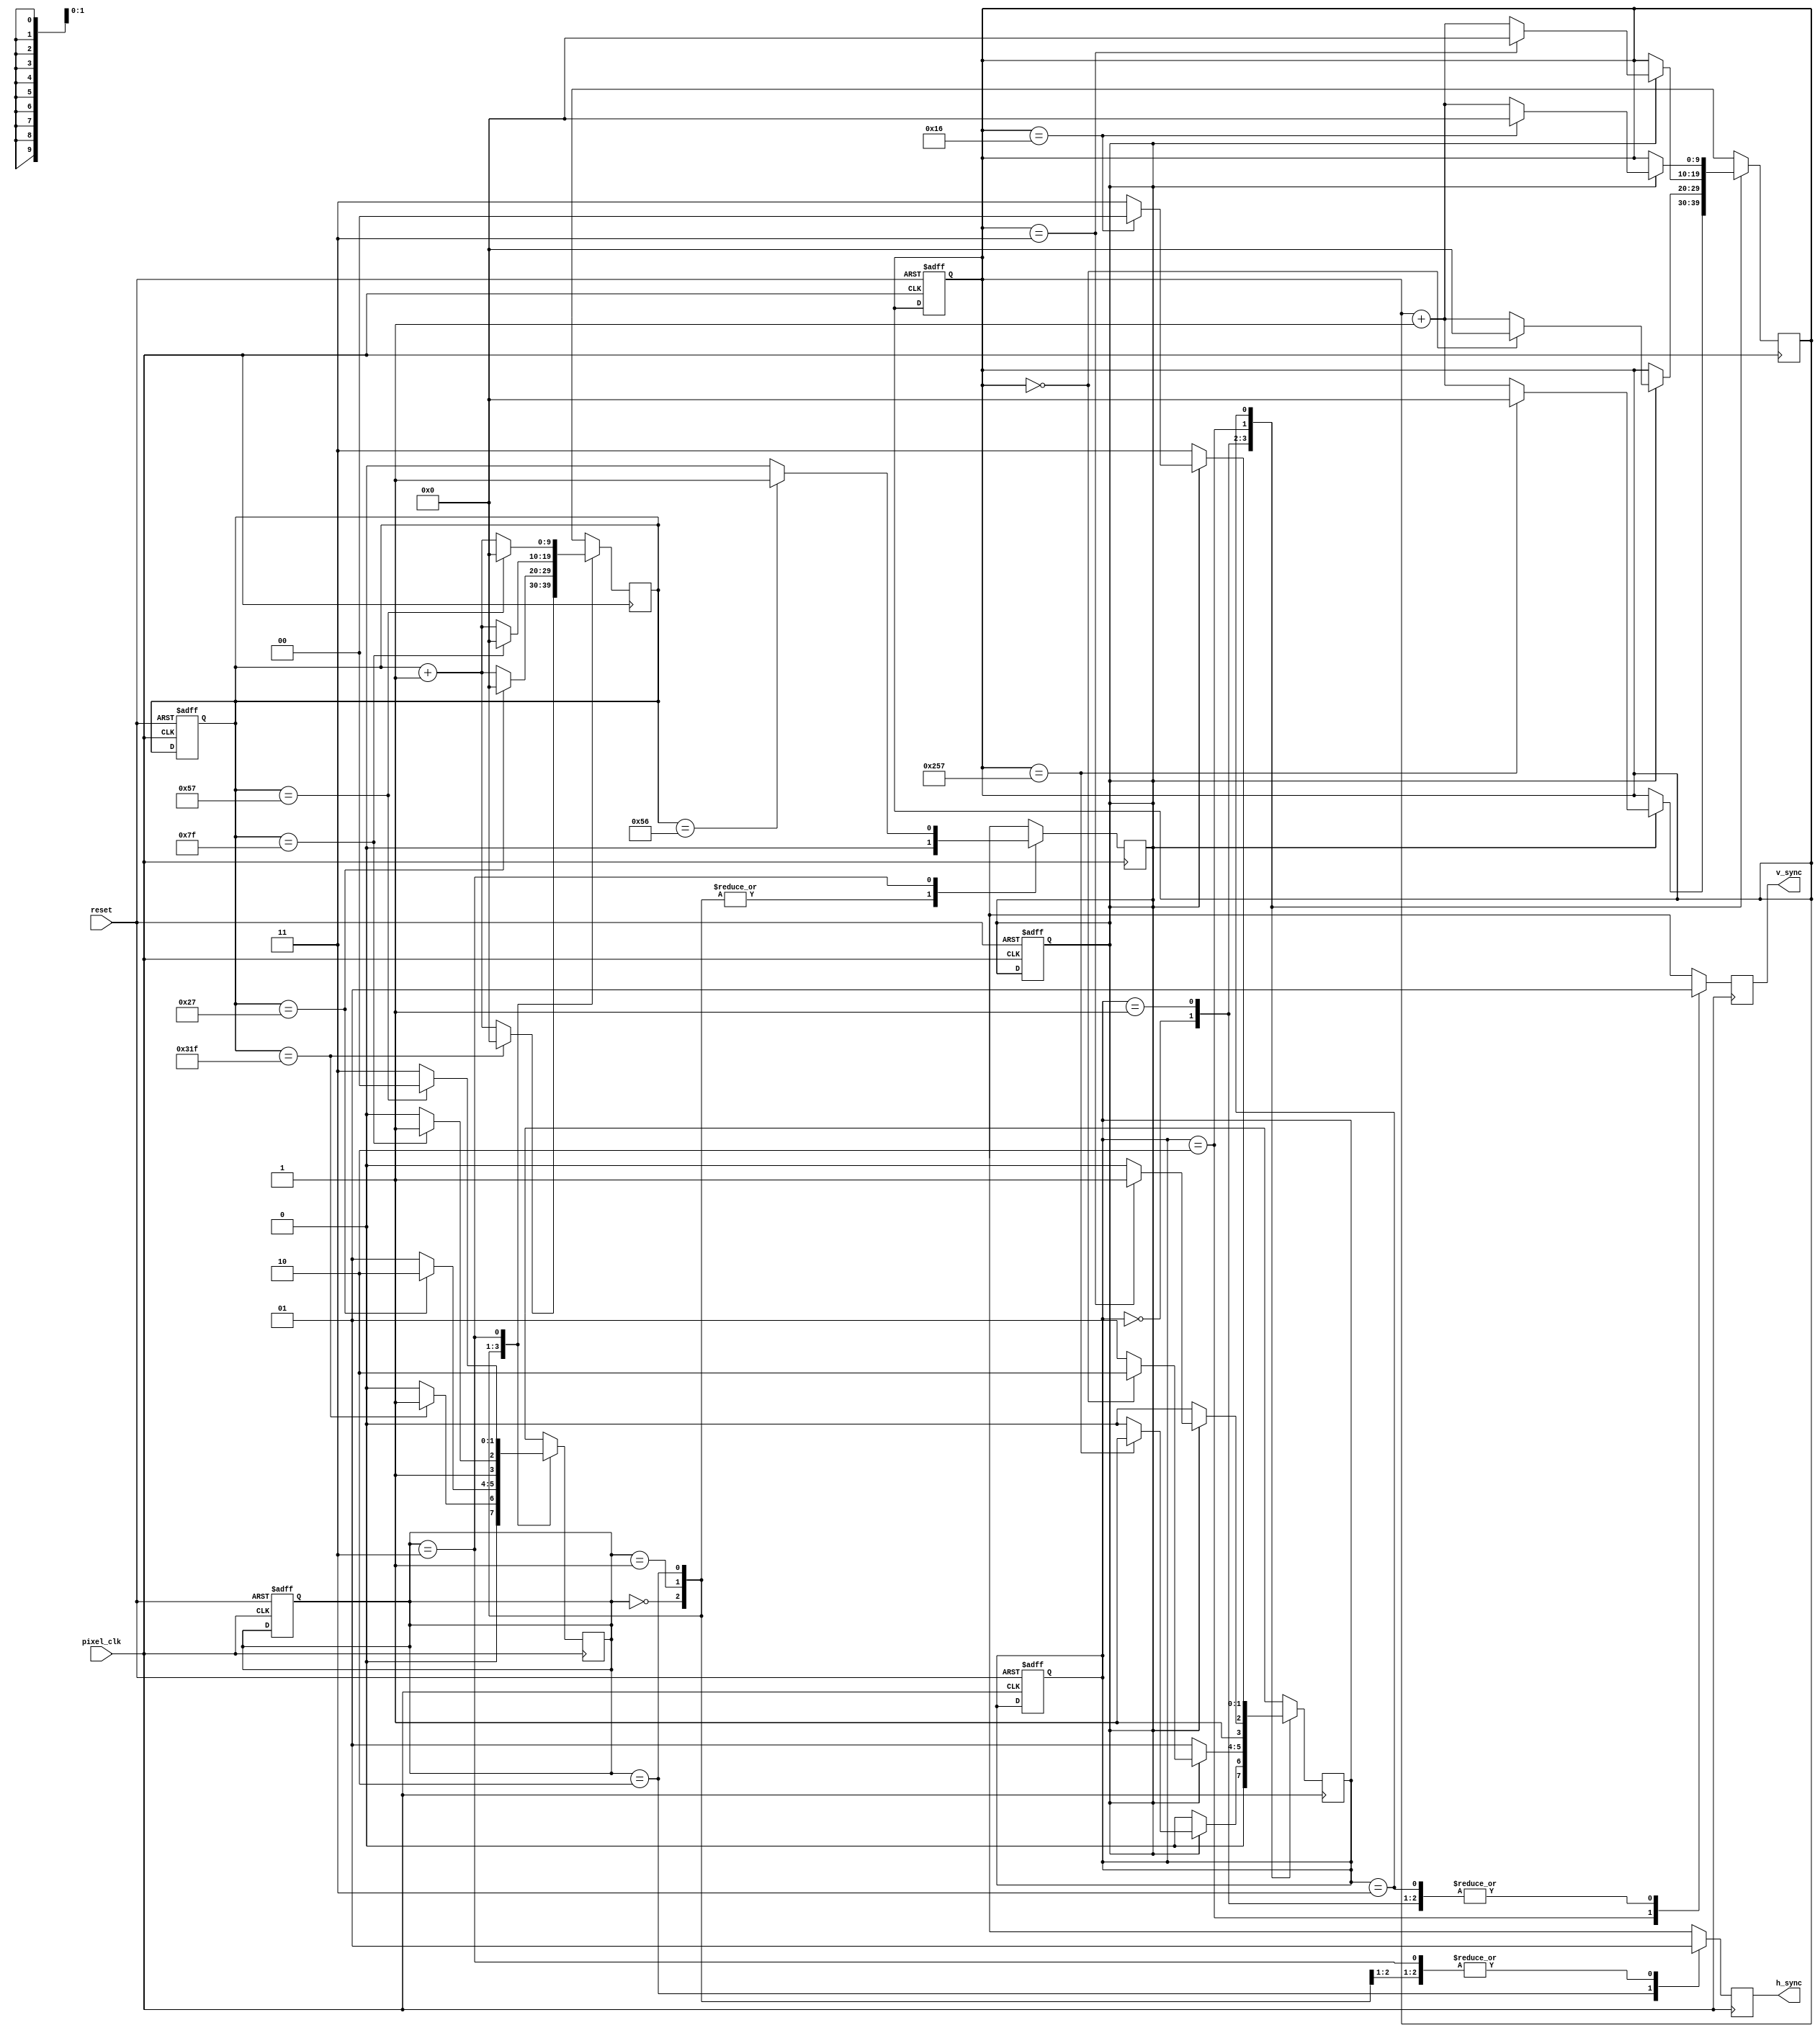
// vga controller for 800 x 600 resolution at 60Hz,pixel clk required - 40Mhz
module vga (
    input pixel_clk,reset,
    //input [7:0]colour_in, //3-3-2 8bit colour input
    //output [7:0]red,green,blue, // cannot be directly fed to monitor,
    output reg h_sync,v_sync
    //output [9:0] next_x,  // x-coordinate of NEXT pixel that will be drawn
    //output [9:0] next_y  // y-coordinate of NEXT pixel that will be drawn
);
    //Horizontal parameters
    parameter h_visible = 10'd799 , h_front = 10'd39 , h_pulse = 10'd127 , h_back = 10'd87 ;
    
    //Verical parameters
    parameter v_visible = 10'd599 , v_front = 10'd0 , v_pulse = 10'd3 , v_back = 10'd22 ;
    
    //States
    parameter h_visible_s = 2'b00 , h_front_s = 2'b01 , h_pulse_s = 2'b10 , h_back_s = 2'b11 ;
    parameter v_visible_s = 2'b00 , v_front_s = 2'b01 , v_pulse_s = 2'b10 , v_back_s = 2'b11 ;

    //Parameters for readability
    parameter LOW = 1'b0 , HIGH = 1'b1 ;

    //registers
    reg [7:0] red_reg,blue_reg,green_reg;
    reg [9:0] h_counter,v_counter;
    reg [1:0] h_state,v_state,h_nstate,v_nstate;
    reg line_done;


    //current state control block
    always @(posedge pixel_clk,negedge reset) begin
        if (!reset)begin
            h_counter <= 10'd0;
            v_counter <= 10'd0;

            h_state <= h_visible_s;
            v_state <= v_visible_s;

            line_done <= HIGH;
        end
    end

    always @(h_nstate,v_nstate) begin
        h_state <= h_nstate;
            v_state <= v_nstate;
    end

    //next state control
    always @(posedge pixel_clk) begin
        //Horizontal next state control
        case (h_state)
            h_visible_s : h_nstate <= (h_counter == h_visible) ? h_front_s : h_visible_s;
            h_front_s   : h_nstate <= (h_counter == h_front) ? h_pulse_s : h_front_s;
            h_pulse_s   : h_nstate <= (h_counter == h_pulse) ? h_back_s : h_pulse_s;
            h_back_s    : h_nstate <= (h_counter == h_back) ? h_visible_s : h_back_s;
            default     : h_nstate <= h_state;
        endcase

        //Vertical next state control
        case (v_state)
            v_visible_s : v_nstate <= (line_done==HIGH) ? ((v_counter==v_visible) ? v_front_s : v_visible_s) : v_visible_s ;
            v_front_s   : v_nstate <= (line_done==HIGH) ? ((v_counter==v_front) ? v_pulse_s : v_front_s) : v_front_s ;
            v_pulse_s   : v_nstate <= (line_done==HIGH) ? ((v_counter==v_pulse) ? v_back_s : v_pulse_s) : v_pulse_s ;
            v_back_s    : v_nstate <= (line_done==HIGH) ? ((v_counter==v_back) ? v_visible_s : v_back_s) : v_back_s ;
            default     : v_nstate <= v_state;
        endcase
    end
    

    //increment counter and output control block
    always @(posedge pixel_clk) begin
        //Horizontal control
        case (h_state)
            h_visible_s : begin
                h_counter <= (h_counter == h_visible) ? 10'd0 : (h_counter + 10'd1);
                h_sync <= HIGH;
                line_done <= LOW;
            end

            h_front_s   : begin
                h_counter <= (h_counter == h_front) ? 10'd0 : (h_counter + 10'd1);
                h_sync <= HIGH;
                line_done <= LOW;
            end

            h_pulse_s   : begin
                h_counter <= (h_counter == h_pulse) ? 10'd0 : (h_counter + 10'd1);
                h_sync <= LOW;
                line_done <= LOW;
            end

            h_back_s    : begin
                h_counter <= (h_counter == h_back) ? 10'd0 : (h_counter + 10'd1);
                h_sync <= HIGH;
                line_done <= (h_counter == (h_back-1))? HIGH : LOW;
            end
            default     : begin
                h_counter <= 10'b0;
                h_sync <= HIGH;
                line_done <= LOW;
            end
        endcase

        //Vertical control
        case (v_state)
            v_visible_s :begin
                v_counter<=(line_done==HIGH) ? ((v_counter==v_visible) ? 10'd0 : (v_counter+10'd1)) : v_counter ;
                v_sync <= HIGH;
            end

            v_front_s   :begin
                v_counter<=(line_done==HIGH) ? ((v_counter==v_front) ? 10'd0 : (v_counter+10'd1)) : v_counter ;
                v_sync <= HIGH;
            end

            v_pulse_s   :begin
                v_counter<=(line_done==HIGH) ? ((v_counter==v_pulse) ? 10'd0 : (v_counter+10'd1)) : v_counter ;
                v_sync <= LOW;
            end

            v_back_s    :begin
                v_counter<=(line_done==HIGH) ? ((v_counter==v_back) ? 10'd0 : (v_counter+10'd1)) : v_counter ;
                v_sync <= HIGH;
            end

            default     :begin
                v_counter <= 10'b0;
                v_sync <= HIGH;
            end
        endcase
    end


            //red_reg <= ((v_state == v_visible_s) && (h_state == h_visible_s))? {colour_in[7:5],5'd0} : 8'd0 ;
            //green_reg <= ((v_state == v_visible_s) && (h_state == h_visible_s))? {colour_in[4:2],5'd0} : 8'd0;
            //blue_reg <= ((v_state == v_visible_s) && (h_state == h_visible_s))? {colour_in[1:0],5'd0} : 8'd0;
    // The x/y coordinates that should be available on the NEXT cycle
    //assign next_x = (h_state==h_visible_s)?h_counter:10'd_0 ;
    //assign next_y = (v_state==v_visible_s)?v_counter:10'd_0 ;    
endmodule